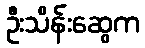
ဦးသိန်းဆွေက